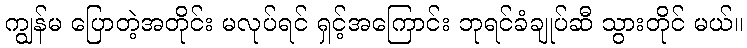
ကျွန်မ ပြောတဲ့အတိုင်း မလုပ်ရင် ရှင့်အကြောင်း ဘုရင်ခံချုပ်ဆီ သွားတိုင် မယ်။